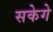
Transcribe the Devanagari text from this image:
सकेगे